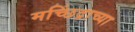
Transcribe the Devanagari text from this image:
मच्छिंद्राच्या